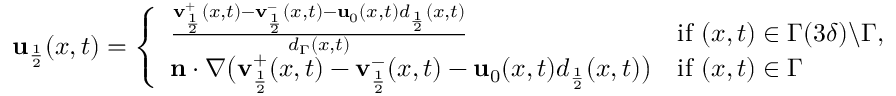
\begin{array} { r } { \mathbf { u } _ { \frac { 1 } { 2 } } ( x , t ) = \left\{ \begin{array} { l l } { \frac { \mathbf { v } _ { \frac { 1 } { 2 } } ^ { + } ( x , t ) - \mathbf { v } _ { \frac { 1 } { 2 } } ^ { - } ( x , t ) - \mathbf { u } _ { 0 } ( x , t ) d _ { \frac { 1 } { 2 } } ( x , t ) } { d _ { \Gamma } ( x , t ) } } & { \mathrm { i f ~ } ( x , t ) \in \Gamma ( 3 \delta ) \backslash \Gamma , } \\ { \mathbf { n } \cdot \nabla \big ( \mathbf { v } _ { \frac { 1 } { 2 } } ^ { + } ( x , t ) - \mathbf { v } _ { \frac { 1 } { 2 } } ^ { - } ( x , t ) - \mathbf { u } _ { 0 } ( x , t ) d _ { \frac { 1 } { 2 } } ( x , t ) \big ) } & { \mathrm { i f ~ } ( x , t ) \in \Gamma } \end{array} \right. } \end{array}